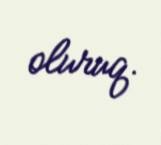
oluruq.